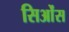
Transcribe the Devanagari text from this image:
सिओंस